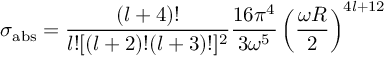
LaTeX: \sigma _ { \mathrm { a b s } } = \frac { ( l + 4 ) ! } { l ! [ ( l + 2 ) ! ( l + 3 ) ! ] ^ { 2 } } \frac { 1 6 \pi ^ { 4 } } { 3 \omega ^ { 5 } } \left( \frac { \omega R } { 2 } \right) ^ { 4 l + 1 2 }